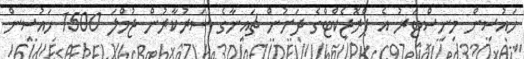
ހައުސިން މިނިސްޓަރު އެ ޕްރޮޖެކްޓްގެ ދަށުން ޗައިނާގެ ސަރުކާރުން ޖުމްލަ 1500 ހައުސިން